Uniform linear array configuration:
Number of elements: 16
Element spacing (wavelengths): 0.75
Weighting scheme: blackman
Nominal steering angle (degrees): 30
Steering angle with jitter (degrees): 28.814
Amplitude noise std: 0.05
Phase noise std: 0.05

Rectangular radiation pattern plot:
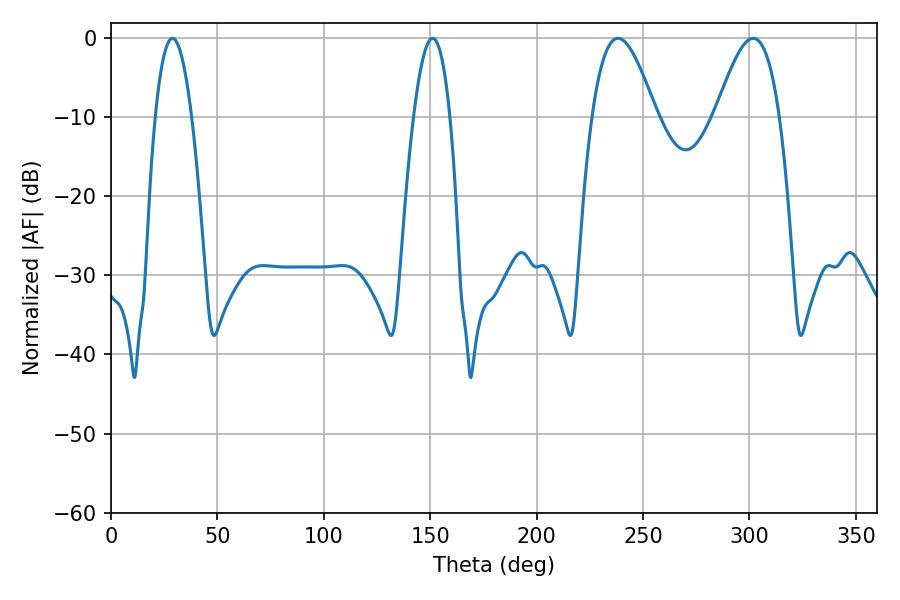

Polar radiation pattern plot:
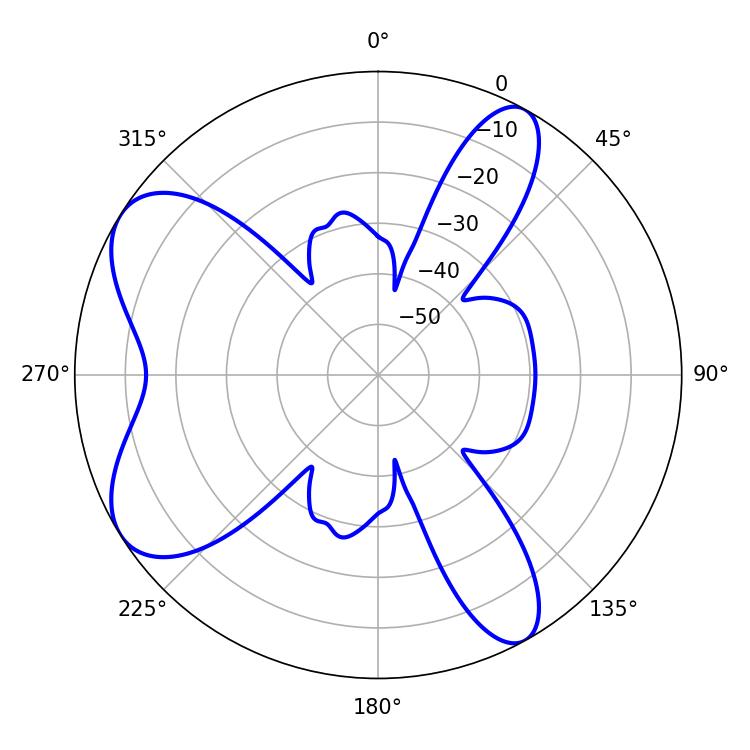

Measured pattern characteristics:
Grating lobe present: TRUE
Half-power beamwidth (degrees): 16.2
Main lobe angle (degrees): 238.32